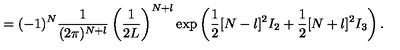
= ( - 1 ) ^ { N } \frac { 1 } { ( 2 \pi ) ^ { N + l } } \left( \frac { 1 } { 2 L } \right) ^ { N + l } \exp \left( \frac { 1 } { 2 } [ N - l ] ^ { 2 } I _ { 2 } + \frac { 1 } { 2 } [ N + l ] ^ { 2 } I _ { 3 } \right) .